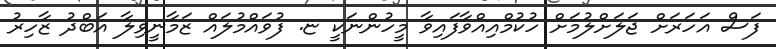
ފަސް އަހަރަށް ޖަލަށްލުމަށް ހުކުމްއިއްވާފައިވާ މީހުންނަކީ ޏ. ފުވައްމުލައް ޒަމާނީވިލާ އަބްދު ޒާހިރު